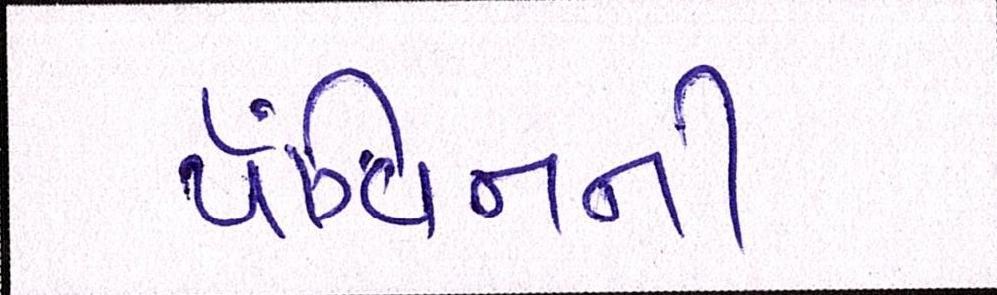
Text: પૅંગ્વિનની